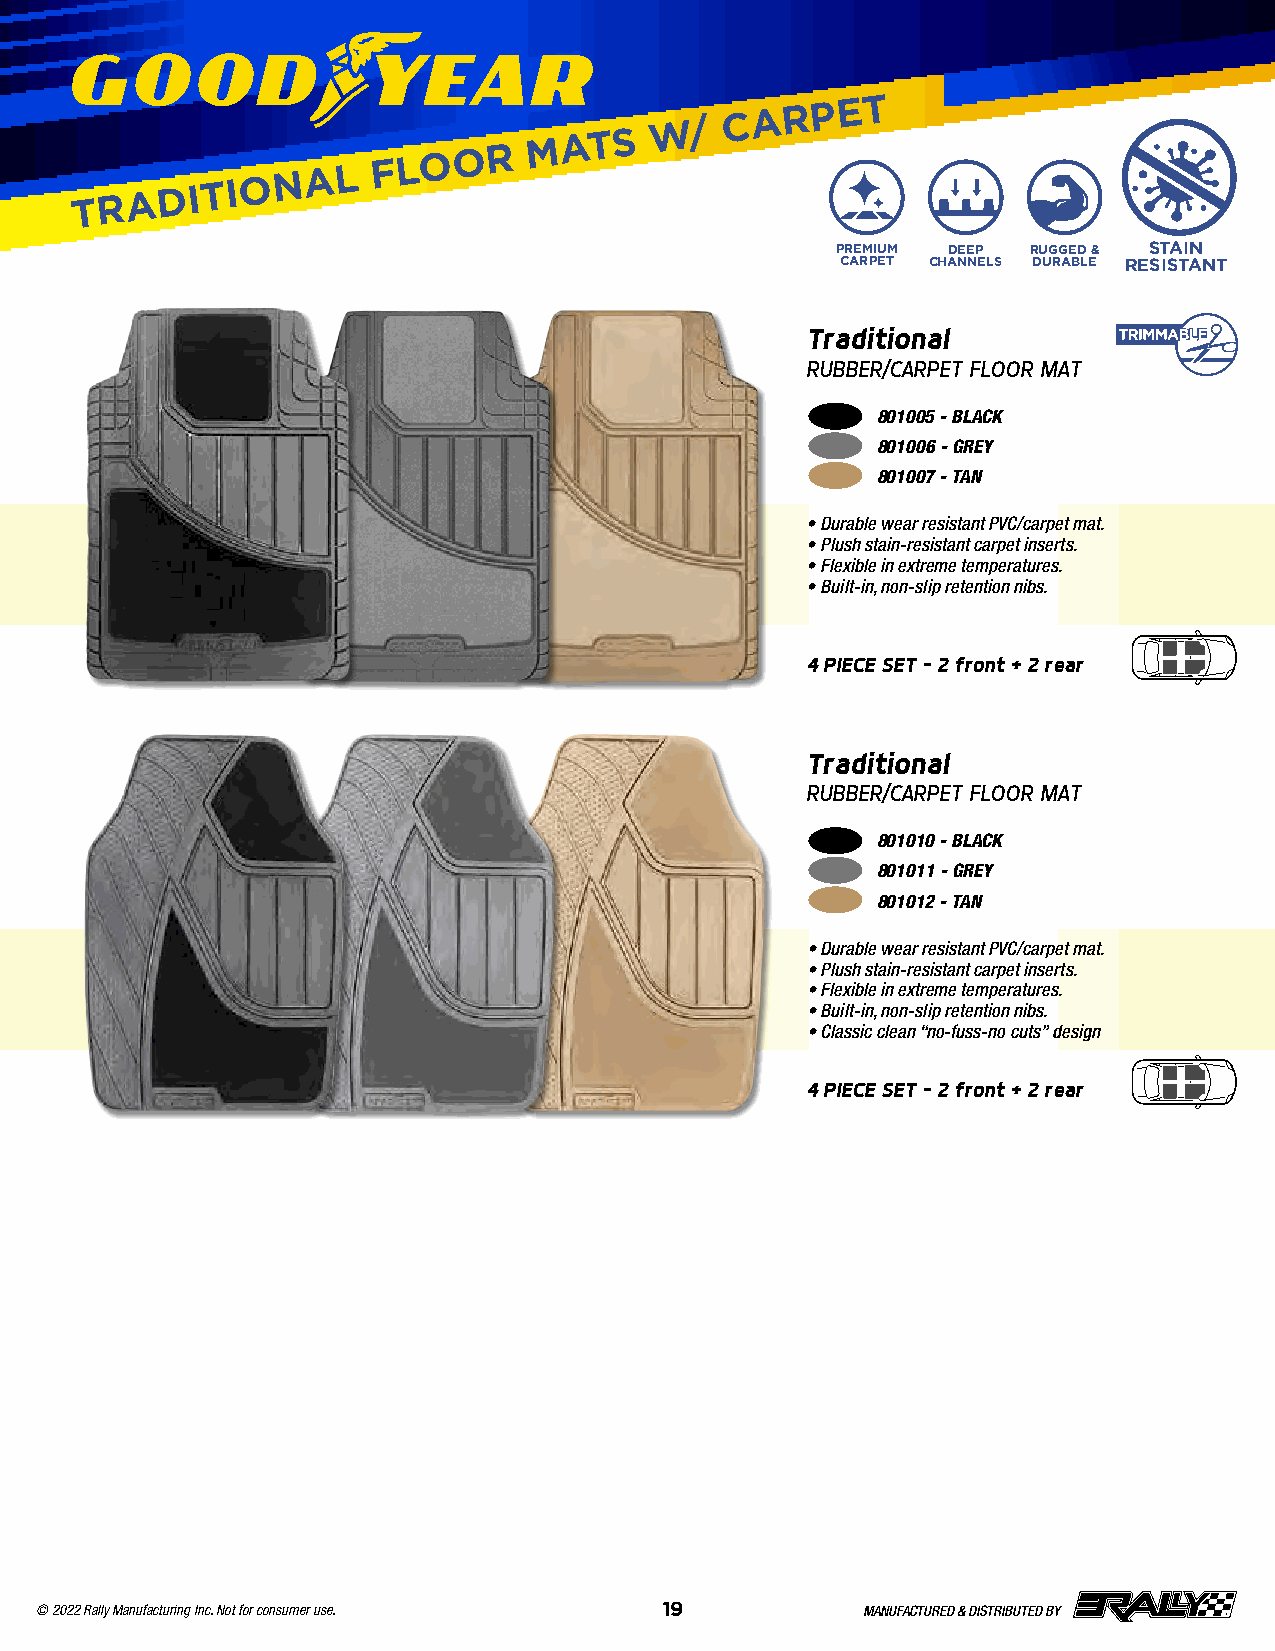
TRADITIONAL
 FLOOR
 MATS
 W/
 CARPET
 PREMIUM DEEP RUGGED & STAIN
 CARPET CHANNELS DURABLE RESISTANT
 Traditional
 RUBBER/CARPET FLOOR MAT
 801005 - BLACK
 801006 - GREY
 801007 - TAN
 • Durable wear resistant PVC/carpet mat .
 • Plush stain-resistant carpet inserts .
 • Flexible in extreme temperatures .
 • Built-in, non-slip retention nibs .
 4 PIECE SET – 2 front + 2 rear
 Traditional
 RUBBER/CARPET FLOOR MAT
 801010 - BLACK
 801011 - GREY
 801012 - TAN
 • Durable wear resistant PVC/carpet mat .
 • Plush stain-resistant carpet inserts .
 • Flexible in extreme temperatures .
 • Built-in, non-slip retention nibs .
 • Classic clean “no-fuss-no cuts” design
 4 PIECE SET – 2 front + 2 rear
 © 2022 Rally Manufacturing Inc. Not for consumer use. 19 MANUFACTURED & DISTRIBUTED BY